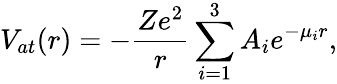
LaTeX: V_{at}(r)=-\frac{Ze^{2}}{r}\sum_{i=1}^{3}A_{i}e^{-\mu_{i}r},